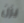
يزن